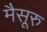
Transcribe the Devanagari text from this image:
मैसूरु